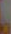
.